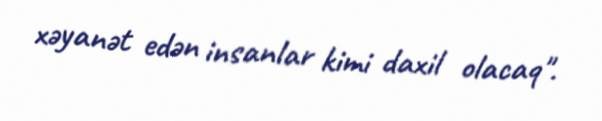
xəyanət edən insanlar kimi daxil olacaq".